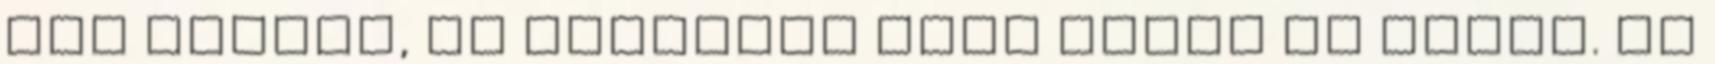
már túlzás, és teljesen zéró benne az érték. Én